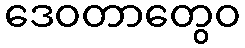
ဒေဝတာတွေဝ